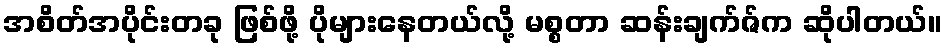
အစိတ်အပိုင်းတခု ဖြစ်ဖို့ ပိုများနေတယ်လို့ မစ္စတာ ဆန်းချက်ဇ်က ဆိုပါတယ်။